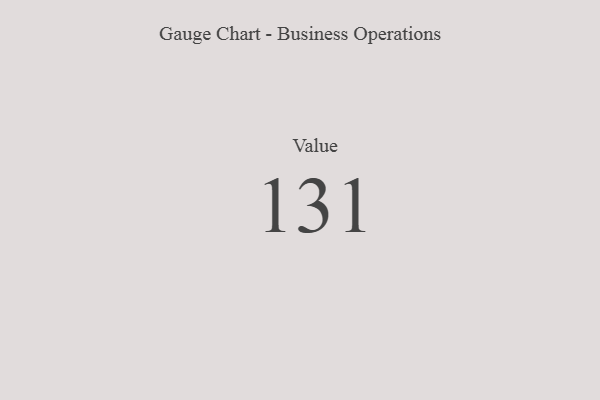
{"axis": {"x": "Metric", "y": "Value"}, "legend": [""], "data": [{"x": "Value", "y": 131, "type": ""}]}